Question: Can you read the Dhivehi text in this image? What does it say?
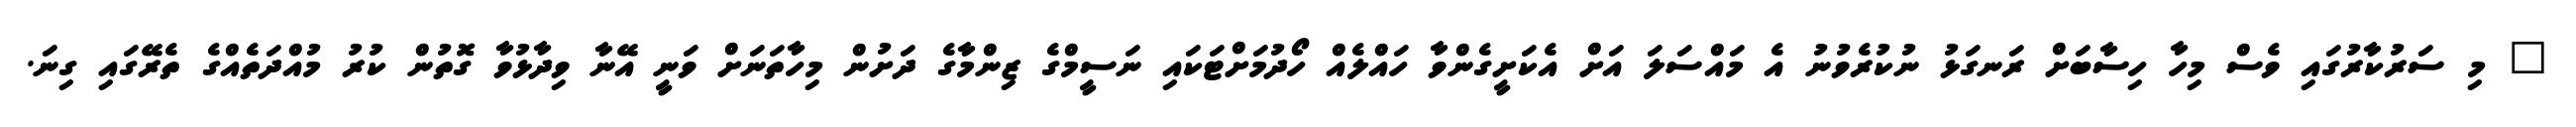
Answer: " މި ސަރުކާރުގައި ވެސް މިހާ ހިސާބަށް ރަނގަޅު ނުކުރެވުނު އެ މައްސަލަ އަށް އެކަށީގެންވާ ހައްލެއް ހޯދުމަށްޓަކައި ނަސީމްގެ ޒިންމާގެ ދަށުން މިހާތަނަށް ވަނީ އޭނާ ވިދާޅުވާ ގޮތުން ކުރު މުއްދަތެއްގެ ތެރޭގައި ގިނަ.